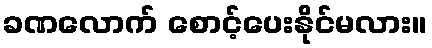
ခဏလောက် စောင့်ပေးနိုင်မလား။